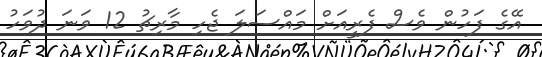
އޭގެ ފަހުން ވެސް ފެރީއަށް މައްސަލަ ޖެހި މާރިޗު 12 ވަނަ ދުވަހު